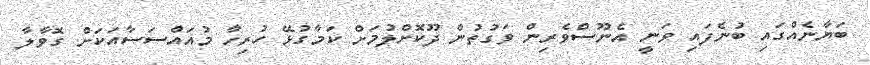
ބަޔާނެއްގައި ބުނެފައި ވަނީ އެނޫސްވެރިން ވަގުތުން ދޫކޮށްލުމަށް ކަމާގުޅޭ ހުރިހާ މުއައްސަސާއަކަށް ގޮވާލާ